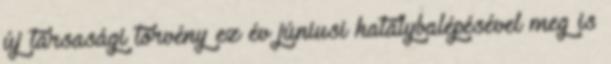
új társasági törvény ez év júniusi hatálybalépésével meg is